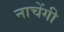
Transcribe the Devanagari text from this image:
नाचेंगी